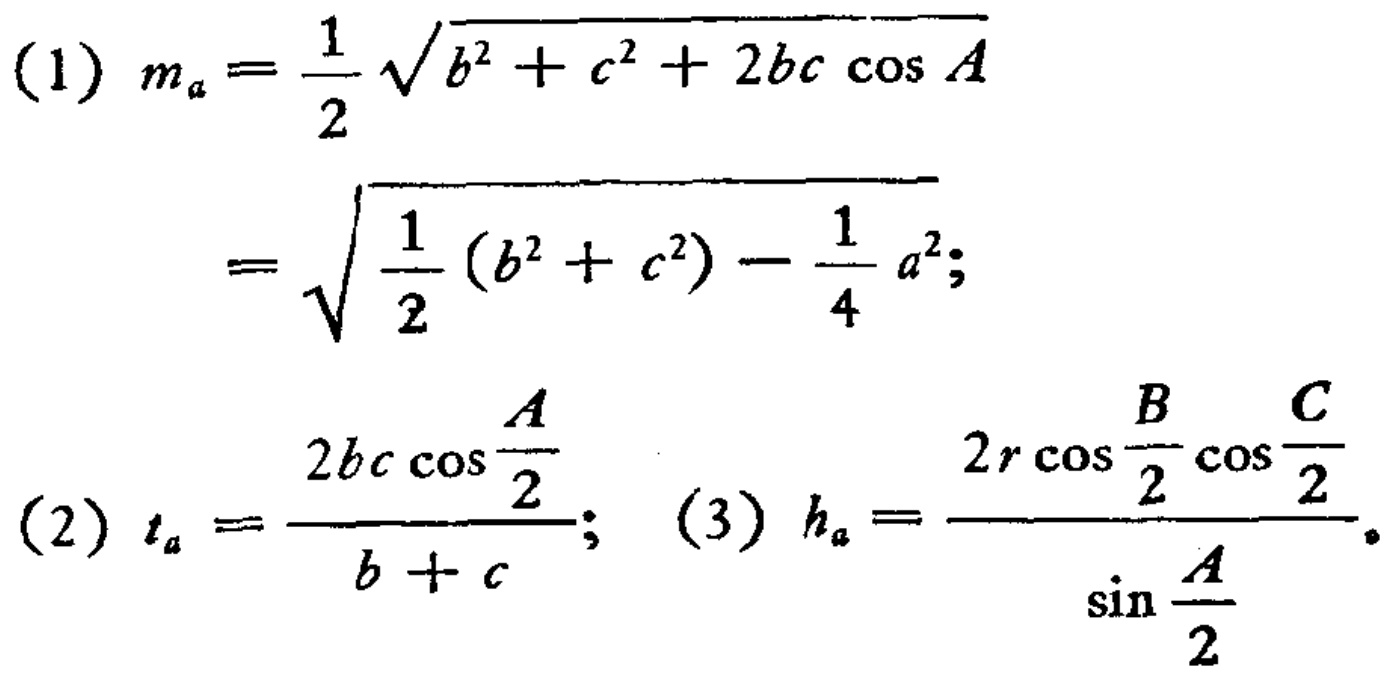
\[
\begin{align*}
(1)\ m_a&=\frac{1}{2}\sqrt{b^{2}+c^{2}+2bc\cos A}\\
&=\sqrt{\frac{1}{2}(b^{2}+c^{2})-\frac{1}{4}a^{2}};\\
(2)\ t_a&=\frac{2bc\cos\frac{A}{2}}{b + c};\\
(3)\ h_a&=\frac{2r\cos\frac{B}{2}\cos\frac{C}{2}}{\sin\frac{A}{2}}.
\end{align*}
\]